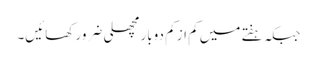
جبکہ ہفتے میں کم از کم دوبار مچھلی ضرور کھائیں۔